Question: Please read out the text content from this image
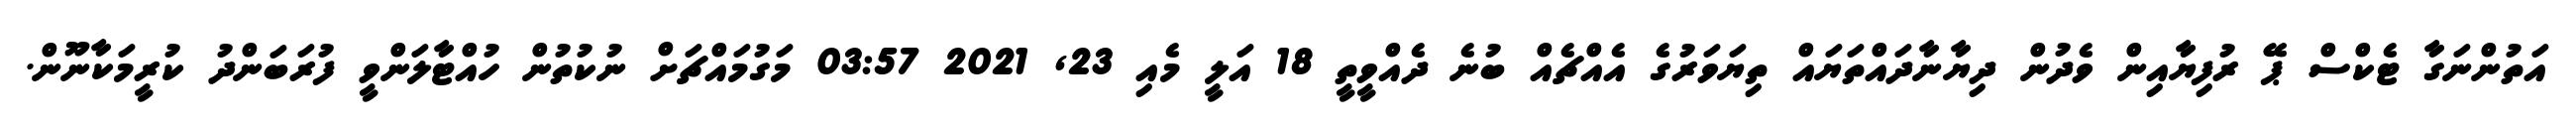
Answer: އަތުންނަގާ ޓެކްސް ޕޭ ރުފިޔާއިން ވެދުން ދިޔާނާދައްތަޔައް ތިޔަވަރުގެ އެއްޗެއް ބުނެ ދެއްވީތީ 18 އަލީ މެއި 23, 2021 03:57 މަގުމައްޗަށް ނުކުތުން ހުއްޓާލަންވީ ފުރަބަންދު ކުރީމަކާނޫން.